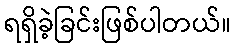
ရရှိခဲ့ခြင်းဖြစ်ပါတယ်။